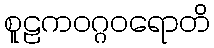
စူဠကဝဂ္ဂဝရောတိ